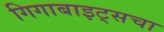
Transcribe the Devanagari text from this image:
गिगाबाइट्सचा